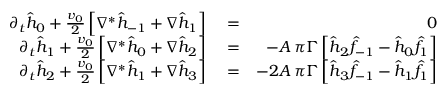
\begin{array} { r l r } { \partial _ { t } \hat { h } _ { 0 } + { \frac { v _ { 0 } } { 2 } } \left[ \nabla ^ { * } \hat { h } _ { - 1 } + \nabla \hat { h } _ { 1 } \right] } & { { } = } & { 0 } \\ { \partial _ { t } \hat { h } _ { 1 } + { \frac { v _ { 0 } } { 2 } } \left[ \nabla ^ { * } \hat { h } _ { 0 } + \nabla \hat { h } _ { 2 } \right] } & { { } = } & { - A \, \pi \Gamma \left[ \hat { h } _ { 2 } \hat { f } _ { - 1 } - \hat { h } _ { 0 } \hat { f } _ { 1 } \right] } \\ { \partial _ { t } \hat { h } _ { 2 } + { \frac { v _ { 0 } } { 2 } } \left[ \nabla ^ { * } \hat { h } _ { 1 } + \nabla \hat { h } _ { 3 } \right] } & { { } = } & { - 2 A \, \pi \Gamma \left[ \hat { h } _ { 3 } \hat { f } _ { - 1 } - \hat { h } _ { 1 } \hat { f } _ { 1 } \right] } \end{array}